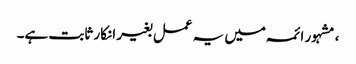
، مشہور ائمہ میں یہ عمل بغیر انکار ثابت ہے۔